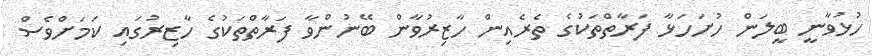
ހުޅުވާނީ ބީލަން ހުށަހަޅާ ފަރާތްތަކުގެ ތެރެއިން ހާޒިރުވާން ބޭނުންވާ ފަރާތްތަކުގެ ހާޒިރުގައި ކަމަށްވެސް